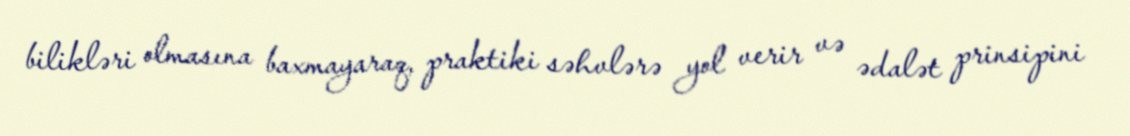
bilikləri olmasına baxmayaraq, praktiki səhvlərə yol verir və ədalət prinsipini